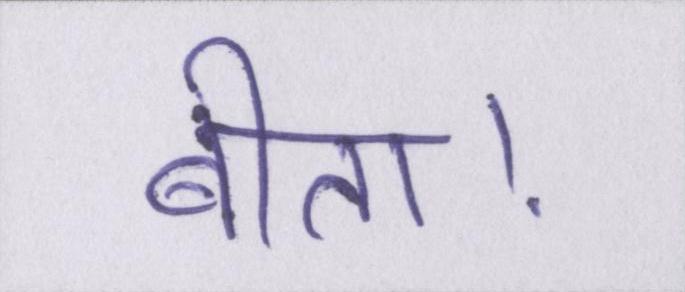
बीता।